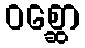
ဝစ္ဆော